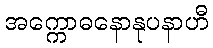
အက္ကောဓနောနုပနာဟီ